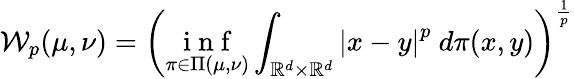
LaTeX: \mathcal{W}_{p}(\mu,\nu)=\left(\underset{\pi\in\Pi(\mu,\nu)}{\mathrm{~i~n~f~}}\int_{\mathbb{R}^{d}\times\mathbb{R}^{d}}\left|x-y\right|^{p}\ d\pi(x,y)\right)^{\frac{1}{p}}